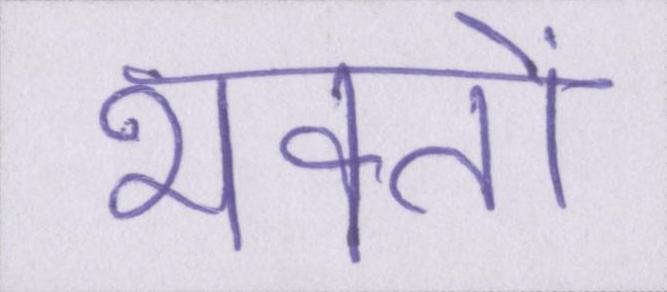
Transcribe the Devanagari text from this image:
भक्तों